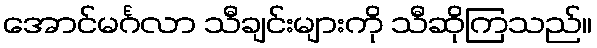
အောင်မင်္ဂလာ သီချင်းများကို သီဆိုကြသည်။